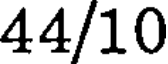
44/10